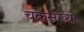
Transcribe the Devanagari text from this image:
चक्रसंख्या